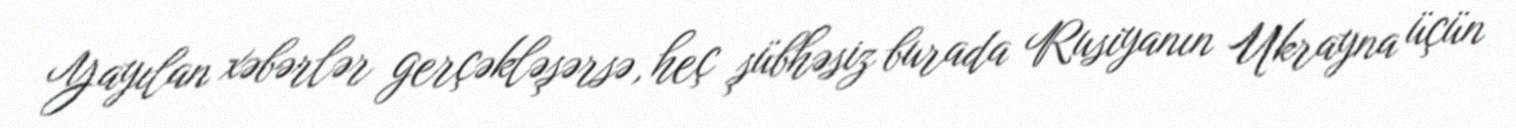
Yayılan xəbərlər gerçəkləşərsə, heç şübhəsiz burada Rusiyanın Ukrayna üçün